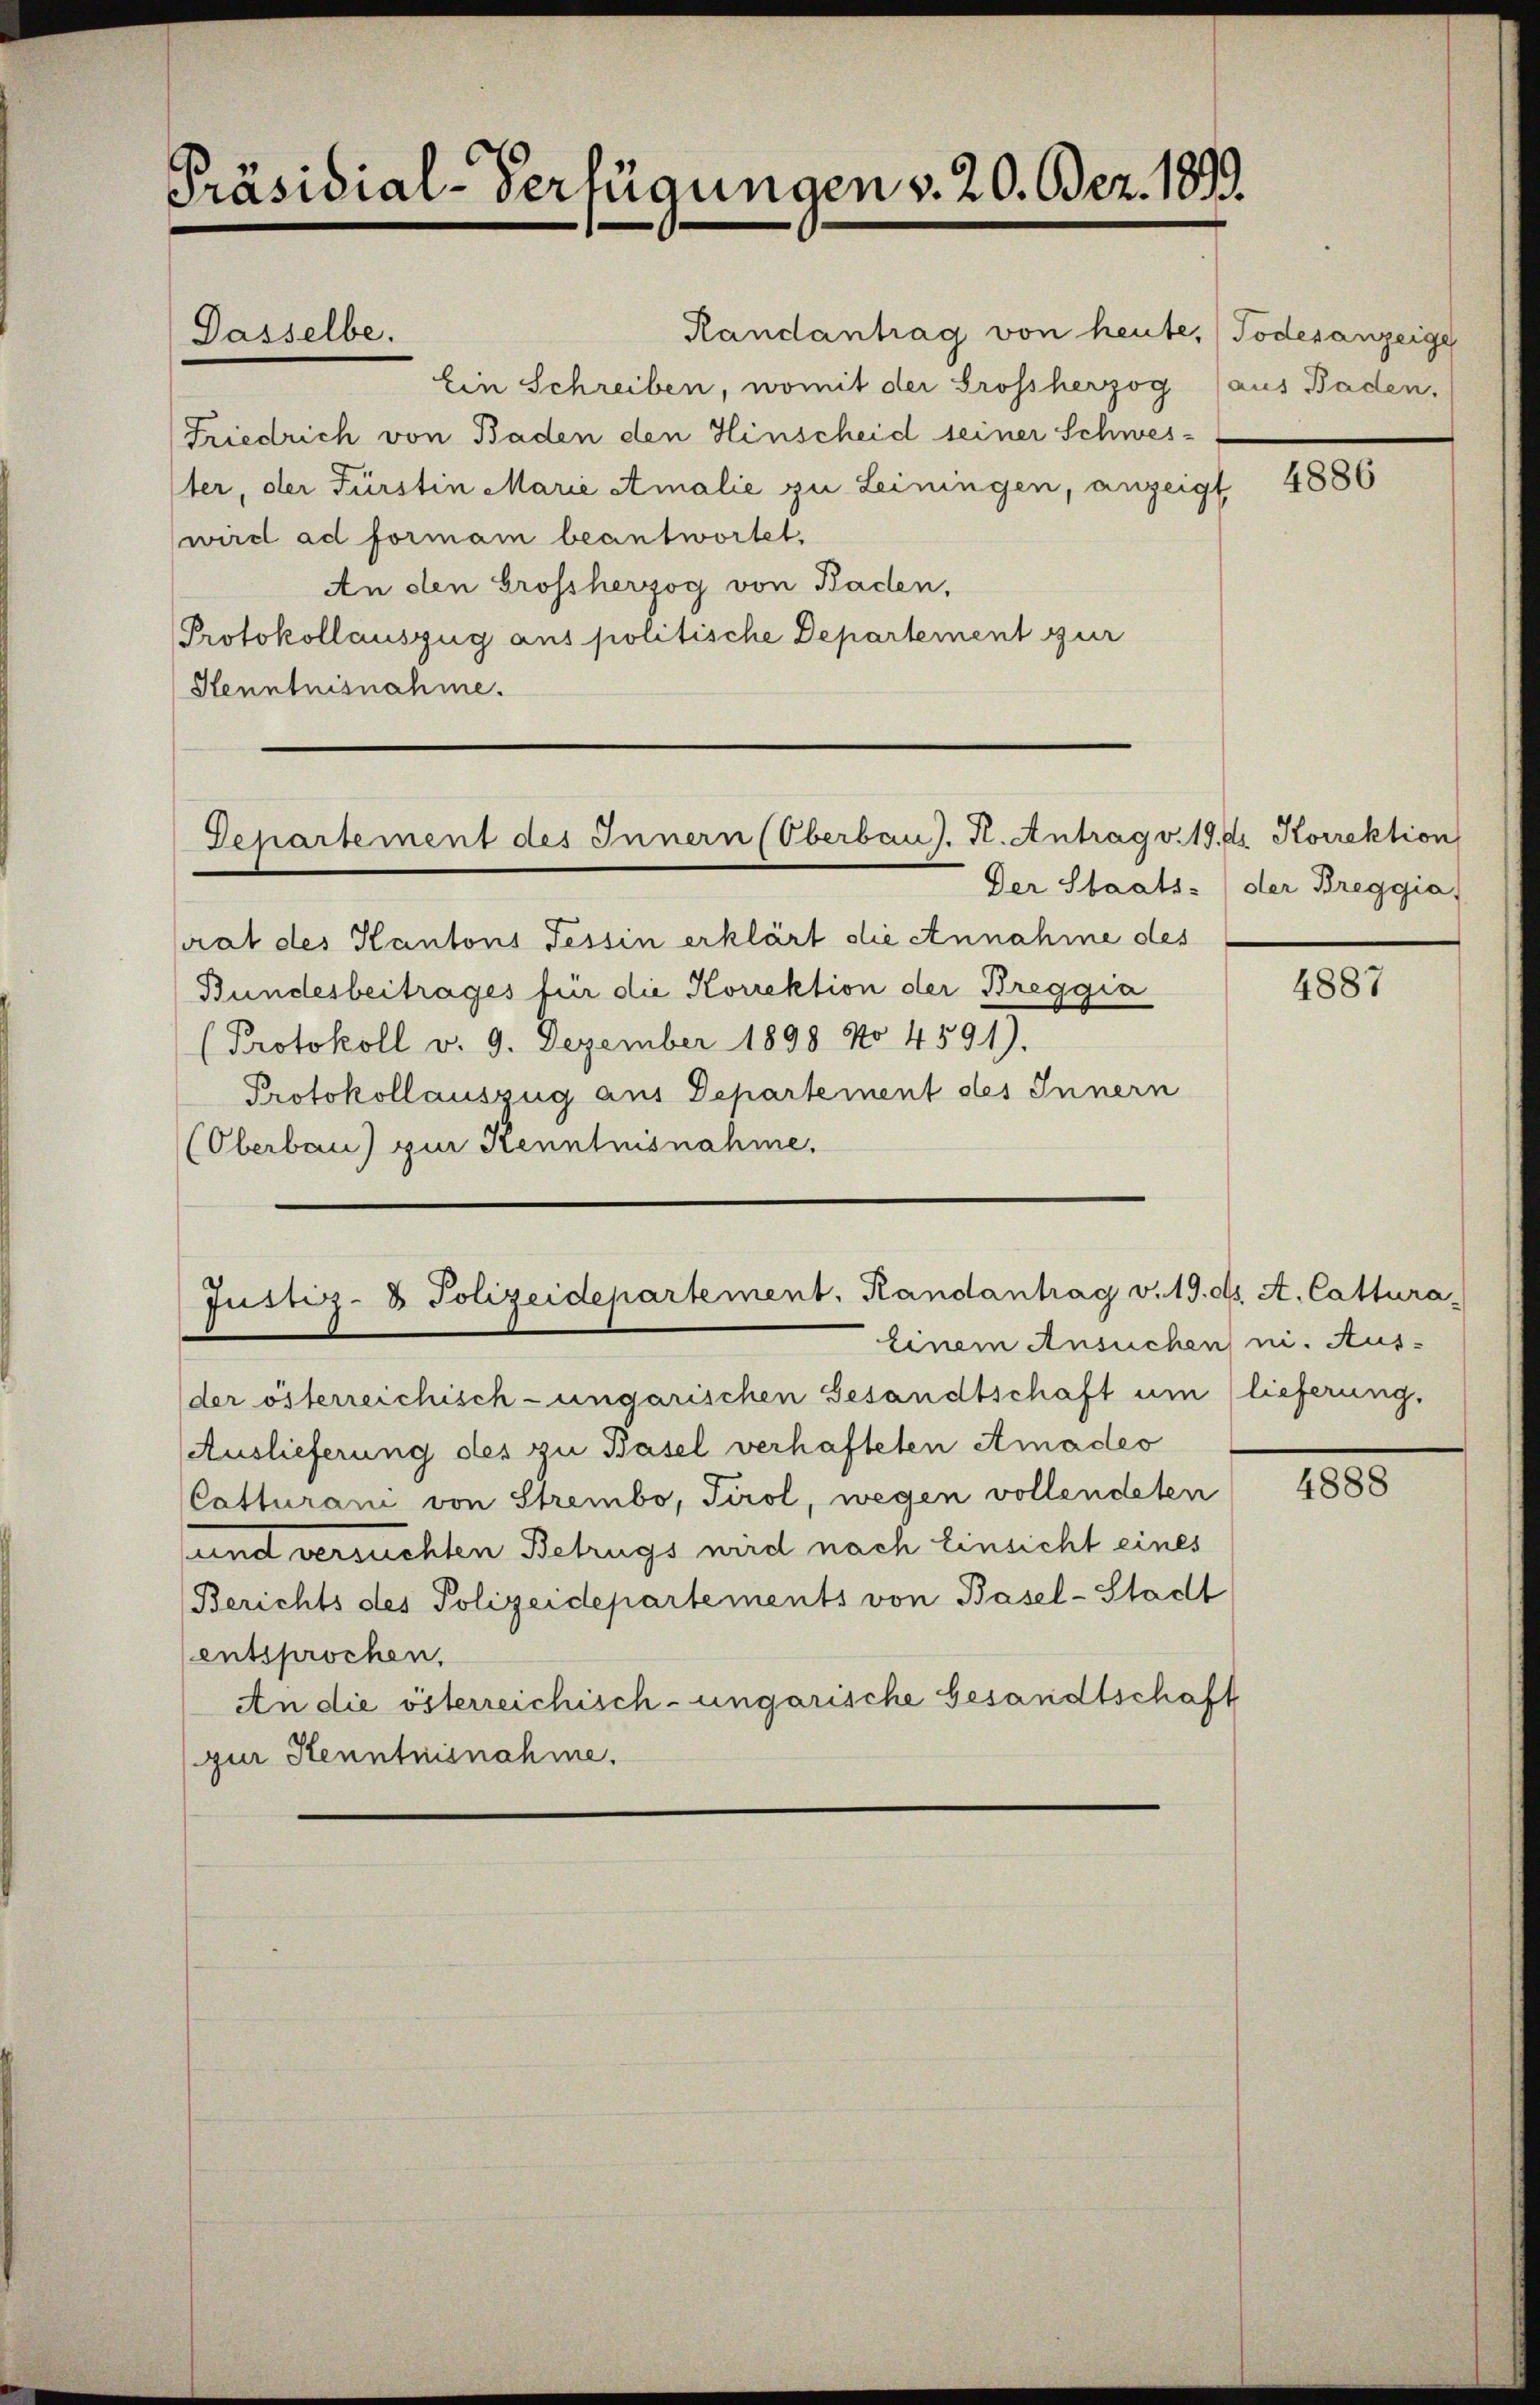
Präsidial-Verfügungen v. 20. Dez. 1893.

Dasselbe.

Handantrag von heute, Todesanzeige
Ein Schreiben, womit der Grossherzog (aus Baden,
Friedrich von Baden den Hinscheid seiner Schwes-
ter, der Fürstin Marie Amalie zu Leiningen, anzeigt
wird ad formam beantwortet,
An den Grossherzog von Baden,
Protokollauszug aus politische Departement zur
Henntnisnahme.

Departement des Innern (Oberbaus. H. Antrag v. 19. ds Korrektion

Justiz- & Polizeidepartement. Randantrag v. 19. d. A. Cattura-

rat des Kantons Tessin erklärt die Annahme des
Bundesbeitrages für die Korrektion der Breggia
Protokoll v. 9. Dezember 1898 No 4591).
Protokollauszug aus Departement des Innern
(Oberbau) zur Kenntnisnahme.

einem Ansuchen ni. Aus-
der österreichisch-ungarischen Gesandtschaft um (lieferung.
Auslieferung des zu Basel verhafteten Amadeo
Catturani von Strembo, Tirol, wegen vollendeten
und versuchten Betrugs wird nach Einsicht eines
Berichts des Polizeidepartements von Basel-Stadt
entsprochen.
An die österreichisch-ungarische Gesandtschaft
gur Kenntnisnahme.

4886

Der Staats- (der Breggia

4887

4888